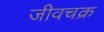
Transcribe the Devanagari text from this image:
जीवचक्र